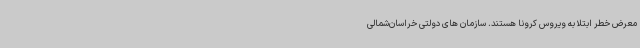
معرض خطر ابتلا به ویروس کرونا هستند. سازمان های دولتی خراسان‌شمالی